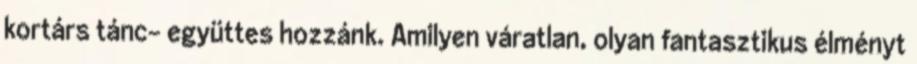
kortárs tánc- együttes hozzánk. Amilyen váratlan, olyan fantasztikus élményt